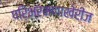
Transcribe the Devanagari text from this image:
परिभ्रमणाखेरीज